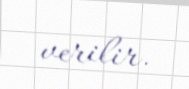
verilir.